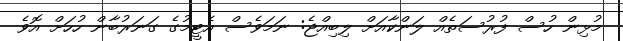
މުޅިން ހުސް ފުރުސަތެއް ލަންކާއަށް ލިބިއްޖެ: ނަމަވެސް އެޓީމުގެ ގަނަރުބާން ހުހަށް އޮވެ